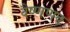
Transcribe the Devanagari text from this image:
वैष्णणव